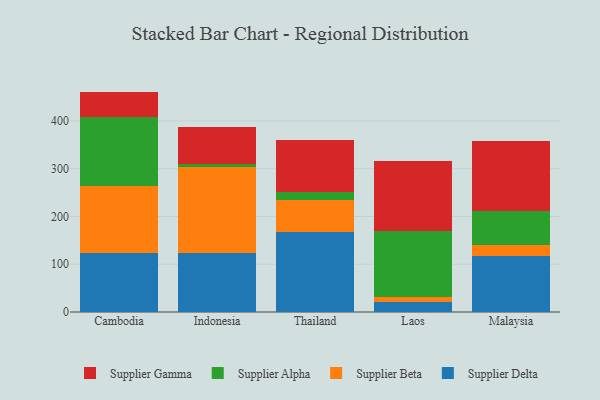
{"axis": {"x": "Country", "y": "Population (Million)"}, "legend": ["Supplier Alpha", "Supplier Beta", "Supplier Delta", "Supplier Gamma"], "data": [{"x": "Cambodia", "y": 124.0, "type": "Supplier Delta"}, {"x": "Cambodia", "y": 140.4, "type": "Supplier Beta"}, {"x": "Cambodia", "y": 144.1, "type": "Supplier Alpha"}, {"x": "Cambodia", "y": 53.0, "type": "Supplier Gamma"}, {"x": "Indonesia", "y": 124.1, "type": "Supplier Delta"}, {"x": "Indonesia", "y": 179.5, "type": "Supplier Beta"}, {"x": "Indonesia", "y": 5.6, "type": "Supplier Alpha"}, {"x": "Indonesia", "y": 78.7, "type": "Supplier Gamma"}, {"x": "Thailand", "y": 167.7, "type": "Supplier Delta"}, {"x": "Thailand", "y": 67.4, "type": "Supplier Beta"}, {"x": "Thailand", "y": 17.1, "type": "Supplier Alpha"}, {"x": "Thailand", "y": 107.4, "type": "Supplier Gamma"}, {"x": "Laos", "y": 21.0, "type": "Supplier Delta"}, {"x": "Laos", "y": 9.7, "type": "Supplier Beta"}, {"x": "Laos", "y": 139.7, "type": "Supplier Alpha"}, {"x": "Laos", "y": 146.8, "type": "Supplier Gamma"}, {"x": "Malaysia", "y": 117.7, "type": "Supplier Delta"}, {"x": "Malaysia", "y": 21.9, "type": "Supplier Beta"}, {"x": "Malaysia", "y": 71.4, "type": "Supplier Alpha"}, {"x": "Malaysia", "y": 146.8, "type": "Supplier Gamma"}]}